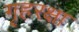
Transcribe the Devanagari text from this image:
गृहरक्षा